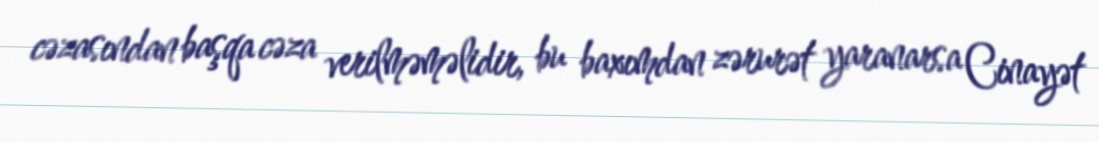
cəzasından başqa cəza verilməməlidir, bu baxımdan zərurət yaranarsa Cinayət